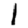
Digit: 1